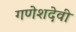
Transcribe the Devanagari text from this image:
गणेशदेवी